Civil Veterinary Department. United Provinces 1912-22 - 1912-1922
Year: 1912
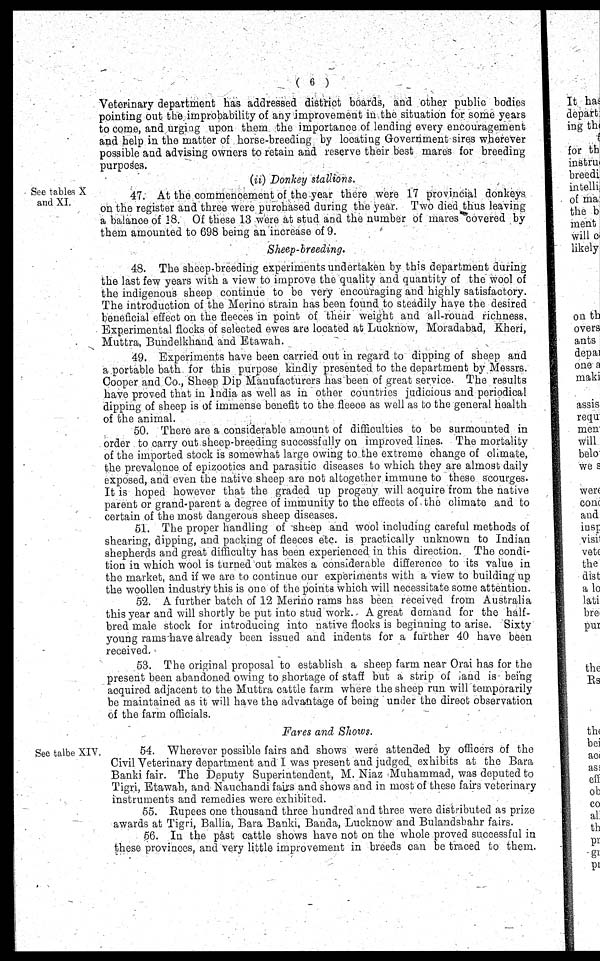
(6)
Veterinary department has addressed district boards, and other public bodies
pointing out the improbability of any improvement in the situation for some years
to come, and urging upon them the importance of lending every encouragement
and help in the matter of horse-breeding by locating Government sires wherever
possible and advising owners to retain and reserve their best mares for breeding
purposes.
(ii) Donkey stallions.
See tables X
and XI.
47. At the commencement of the year there wore 17 provincial donkeys
on the register and three were purchased during the year. Two died thus leaving
a balance of 18. Of these 13 were at stud and the number of mares covered by
them amounted to 698 being an increase of 9.
Sheep-breeding.
48. The sheep-breeding experiments undertaken by this department during
the last few years with a view to improve the quality and quantity of the wool of
the indigenous sheep continue to be very encouraging and highly satisfactory.
The introduction of the Merino strain has been found to steadily have the desired
beneficial effect on the fleeces in point of their weight and all-round richness.
Experimental flocks of selected ewes are located at Lucknow, Moradabad, Kheri,
Muttra, Bundelkhand and Etawah.
49. Experiments have been carried out in regard to dipping of sheep and
a portable bath for this purpose kindly presented to the department by Messrs.
Cooper and Co., Sheep Dip Manufacturers has been of great service. The results
have proved that in India as well as in other countries judicious and periodical
dipping of sheep is of immense benefit to the fleoce as well as to the general health
of the animal.
50. There are a considerable amount of difficulties to bo surmounted in
order to carry out sheep-breeding successfully on improved lines. The mortality
of the imported stock is somewhat large owing to the extreme change of olimate,
the prevalonce of epizootics and parasitic diseases to which they are almost daily
exposed, and even the native sheep are not altogether immune to these scourges.
It is hoped however that the graded up progeny will acquire from the native
parent or grand-parent a degree of immunity to the effects of the climate and to
certain of the most dangerous sheep diseases.
61. The proper handling of sheep and wool including careful methods of
shearing, dipping, and packing of fleeces etc. is practically unknown to Indian
shepherds and great difficulty has been experienced in this direction. The condi-
tion in which wool is turned out makes a considerable difference to its value in
the market, and if we are to continue our experiments with a view to building up
the woollen industry this is one of the points which will necessitate some attention.
52. A further batch of 12 Merino rams has been received from Australia
this year and will shortly be put into stud work. A great demand for the half-
bred male stock for introducing into native flocks is beginning to arise. Sixty
young rams have already been issued and indents for a further 40 have been
received.
53. The original proposal to establish a sheep farm near Orai has for the
present been abandoned owing to shortage of staff but a strip of land is being
acquired adjacent to the Muttra cattle farm where the sheep run will temporarily
be maintained as it will have the advantage of being under the direct observation
of the farm officials.
Fares and Shows.
See talbe XIV.
54. Wherever possible fairs and shows were attended by officers of the
Civil Veterinary department and I was present and judged exhibits at the Bara
Banki fair. The Deputy Superintendent, M. Niaz Muhammad, was deputed to
Tigri, Etawah, and Nauchandi fairs and shows and in most of these fairs veterinary
instruments and remedies were exhibited.
55. Rupees one thousand three hundred and three were distributed as prize
awards at Tigri, Ballia, Bara Banki, Banda, Lucknow and Bulandshahr fairs.
56. In the past cattle shows have not on the whole proved successful in
these provinces, and very little improvement in breeds can be traced to them.